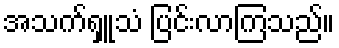
အသက်ရှူသံ ပြင်းလာကြသည်။